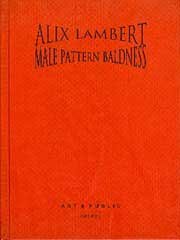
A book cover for Male Pattern Baldness; Alix Lambert; Health, Fitness & Dieting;